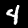
Digit: 4